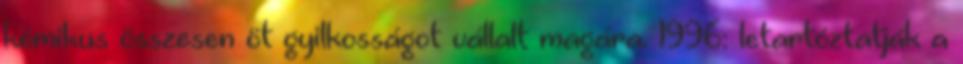
kémikus összesen öt gyilkosságot vállalt magára. 1996: letartóztatják a